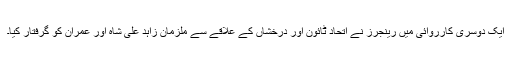
ایک دوسری کارروائی میں رینجرز نے اتحاد ٹائون اور درخشاں کے علاقے سے ملزمان زاہد علی شاہ اور عمران کو گرفتار کیا۔